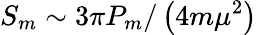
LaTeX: S_{m}\sim 3\pi P_{m}/\left(4m\mu^{2}\right)